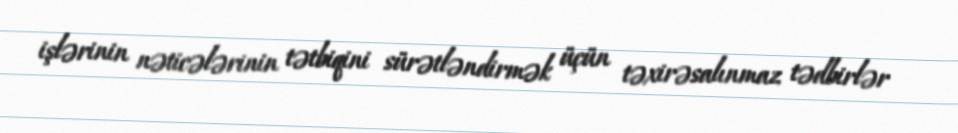
işlərinin nəticələrinin tətbiqini sürətləndirmək üçün təxirəsalınmaz tədbirlər